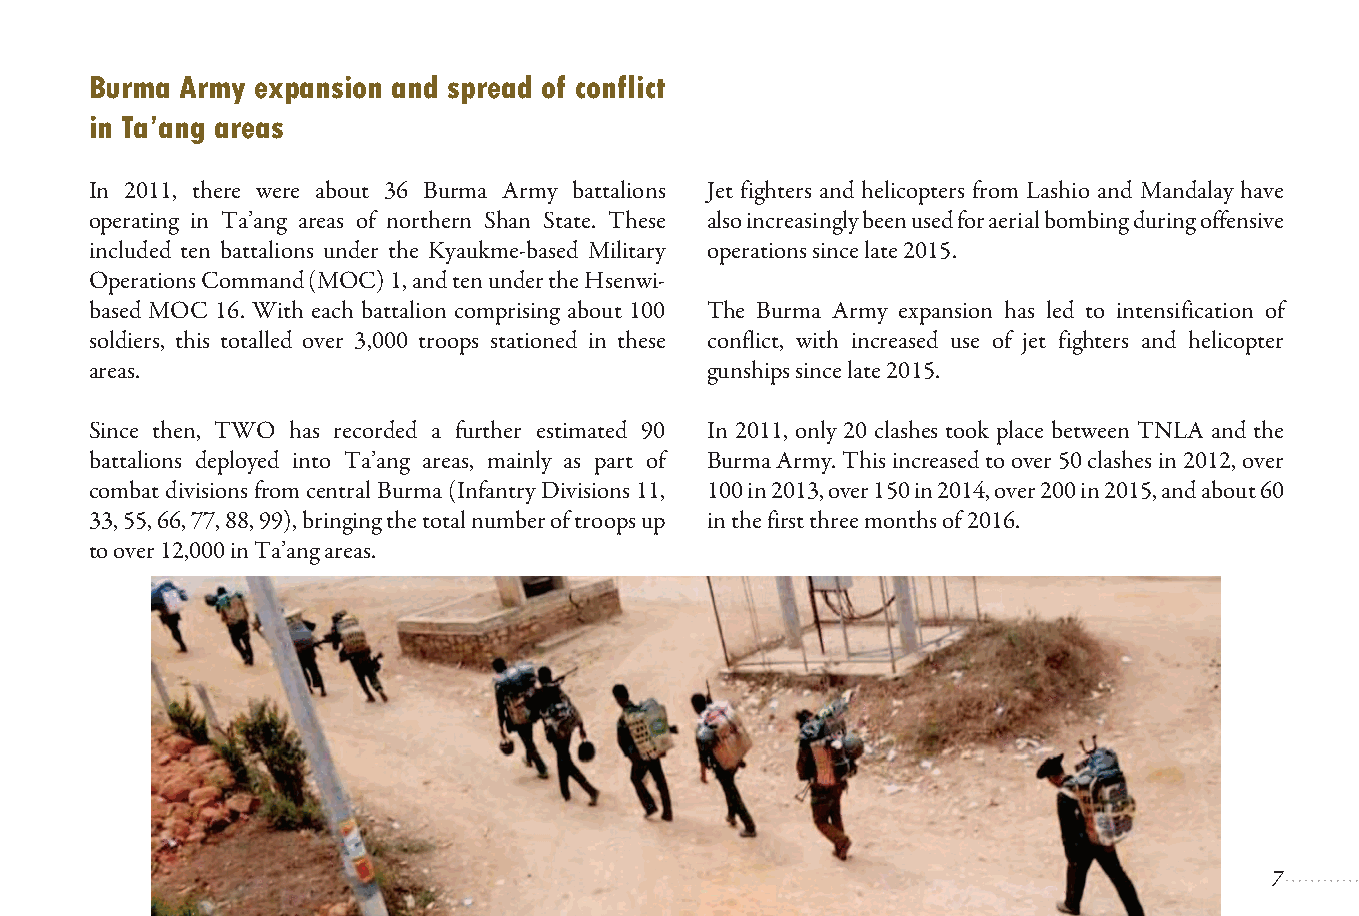
Burma Army expansion and spread of conflict
 in Ta’ang areas
 In 2011, there were about 36 Burma Army battalions Jet fighters and helicopters from Lashio and Mandalay have
 operating in Ta’ang areas of northern Shan State. These also increasingly been used for aerial bombing during offensive
 included ten battalions under the Kyaukme-based Military operations since late 2015.
 Operations Command (MOC) 1, and ten under the Hsenwi-
 based MOC 16. With each battalion comprising about 100 The Burma Army expansion has led to intensification of
 soldiers, this totalled over 3,000 troops stationed in these conflict, with increased use of jet fighters and helicopter
 areas.                                   gunships since late 2015.
 Since then, TWO has recorded a further estimated 90 In 2011, only 20 clashes took place between TNLA and the
 battalions deployed into Ta’ang areas, mainly as part of Burma Army. This increased to over 50 clashes in 2012, over
 combat divisions from central Burma (Infantry Divisions 11, 100 in 2013, over 150 in 2014, over 200 in 2015, and about 60
 33, 55, 66, 77, 88, 99), bringing the total number of troops up in the first three months of 2016.
 to over 12,000 in Ta’ang areas.
 Ta'ang Women's Organization
 7